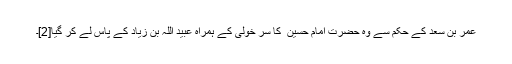
عمر بن سعد کے حکم سے وہ حضرت امام حسین ؑ کا سر خولی کے ہمراہ عبید اللہ بن زیاد کے پاس لے کر گیا[2]۔